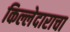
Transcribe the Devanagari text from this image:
किल्लेदाराचा